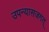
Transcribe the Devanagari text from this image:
उपन्यासजगत्